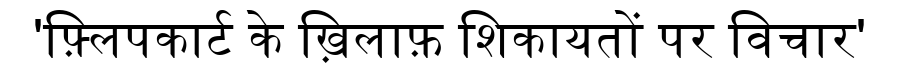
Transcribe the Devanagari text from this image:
'फ़्लिपकार्ट के ख़िलाफ़ शिकायतों पर विचार'